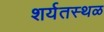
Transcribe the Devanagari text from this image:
शर्यतस्थळ